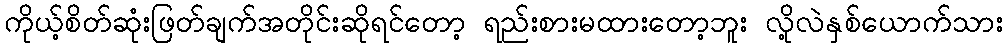
ကိုယ့်စိတ်ဆုံးဖြတ်ချက်အတိုင်းဆိုရင်တော့ ရည်းစားမထားတော့ဘူး လို့လဲနှစ်ယောက်သား